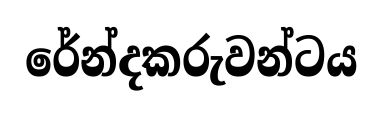
රේන්දකරුවන්ටය